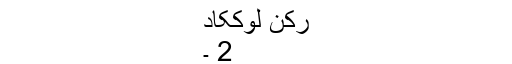
رکن لوککاد
2 ۔